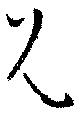
兄